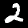
Label: 2